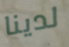
لدينا